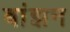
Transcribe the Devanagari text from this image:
बांझन